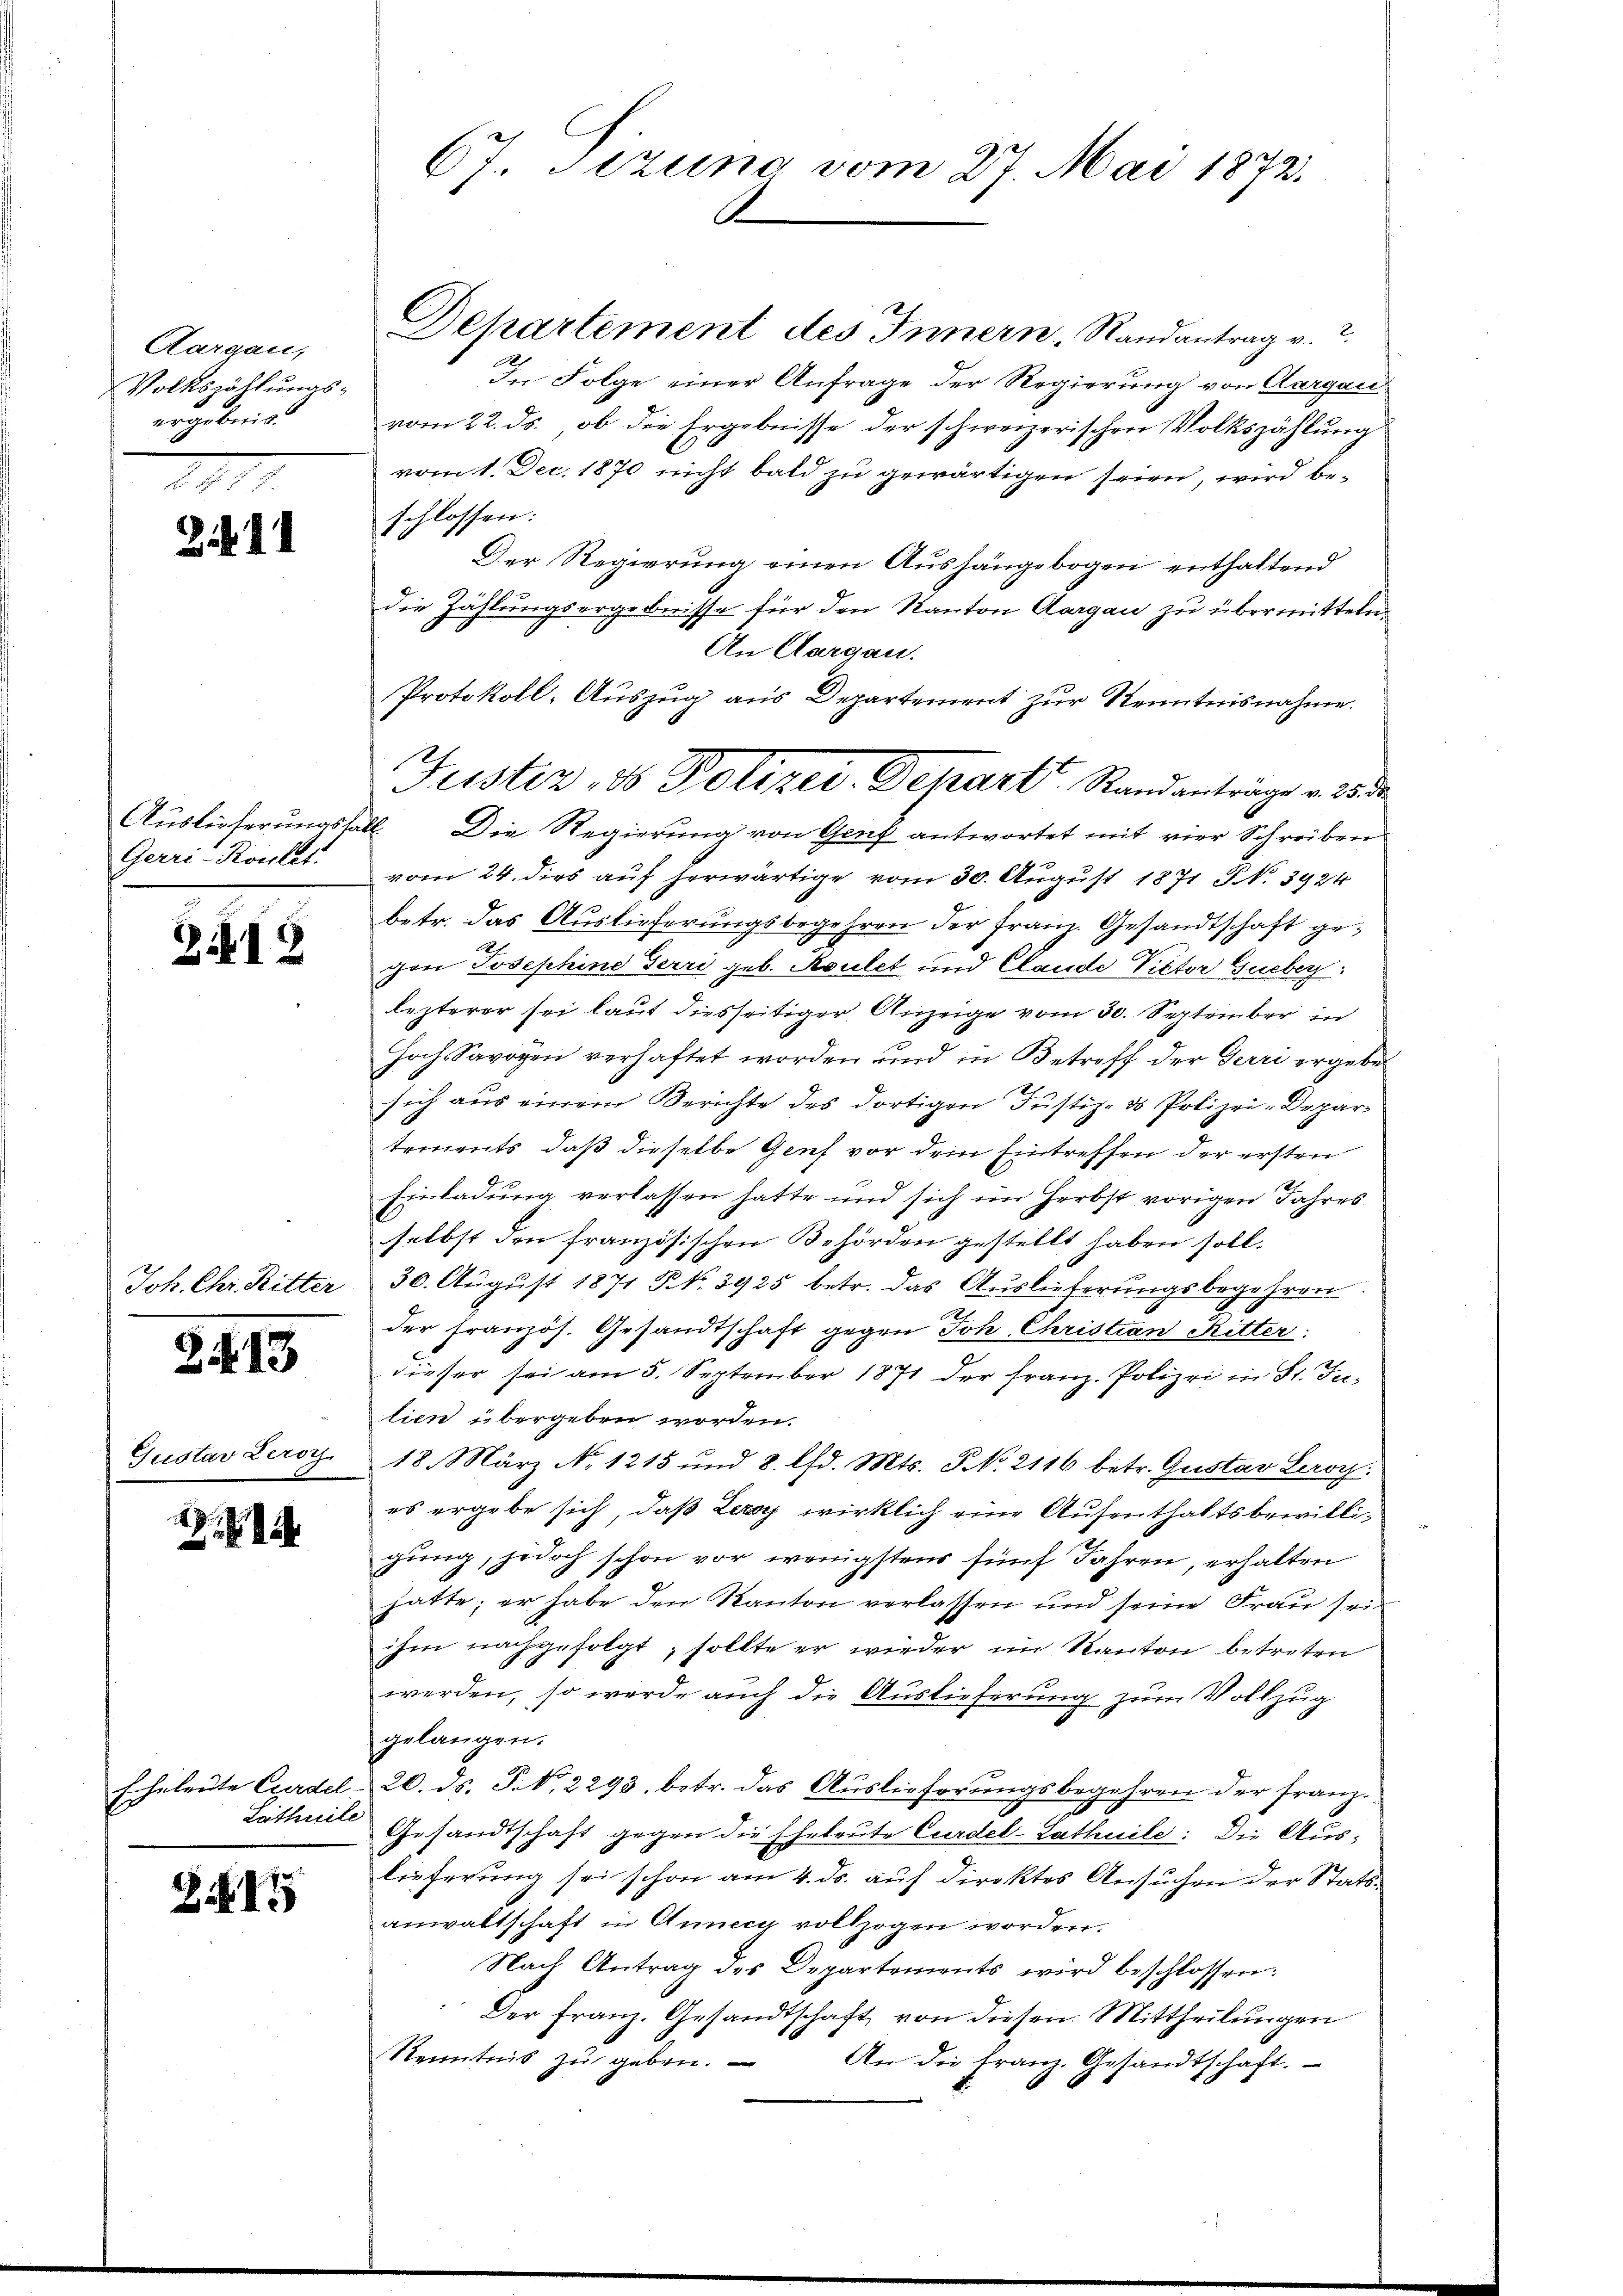
Aargau,
Volkszählungserarbeit.

2.11

Auslieferungsfa
Gerri-Konlat:

318

Joh. Chr. Ritter

2. 415

Gustav Leror

2

Echeleute Exerdel
Letheile

217

67. Sizung vom 27. Mai 1872.

Departement des Innern Randantrag v. 2.
In Folge einer Anfrage der Regierung von Aargau
vom 22. ds., ob die Ergebnisse der schweizerischen Volkszählung
vom 1. Dec. 1870 nicht bald zu gewärtigen seien, wird beschlossen:
Der Regierung einen Aushängebogen enthaltend
die Zählungsergebnisse für den Kanton Aargau zu übermitteln
An Aargau.
Protokoll-Auszug aus Departement zur Kenntnisnahme.
b. Die Regierung von Genf antwortet mit vier Schreiben
vom 24. dies auf herwärtige vom 30. August 1871 S. 3924
betr. das Auslieferungsbegehren der Franz. Gesandtschaft gegon Josephine Terri geb. Koulet und Claude Victor Gueber
lezterer sei laut diesseitiger Anzeige vom 30. September in
Hochs Savoyen verhaftet worden und in Betreff der Terri ergebe
d
sich aus einem Berichte des dortigen Justiz- & Polizei-Departements, daß dieselbe Genf vor dem Eintreffen der ersten
Einladung verlassen hatte und sich im Herbst vorigen Jahres
selbst den französischen Behörden gestellt haben soll.
30. August 1871 Frk. 3925 betr. das Auslieferungsbegehren.
der französ. Gesandtschaft gegen Joh. Christian Ritter:
dieser sei am 5. September 1871 der Franz. Polizei in St. J.
tien übergeben worden.
18. März No. 1215 und 8. d. Mts. 3. No. 2116 betr. Gustav Laroy.
es ergebe sich, daß Ley wirklich eine Aufenthaltsbewilligung, jedoch schon vor wenigstens fünf Jahren, erhalten
hatte; er habe den Kanton verlassen und seine Frau sei
ihm nachgefolgt, sollte er wieder im Kanton betreten
werden, so werde auch die Auslieferung zum Vollzug
gelangen.
20. ds. S. d. 2293. betr. das Auslieferungsbegehren der Franz.
Gesandtschaft gegen die Eheleute Curdel-Lathuile: Die Auslieferung sei schon am 4. ds. auf direktes Ansuchen der Statsanwaltschaft in Annecy vollzogen worden.
Nach Antrag des Departements wird beschlossen:
Der Franz. Gesandtschaft von diesen Mittheilungen
Kenntnis zu geben.
An die Franz. Gesandtschaft.

Justiz, ds Polizer-Depart Standanträge v. 25 de